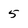
Character: 5